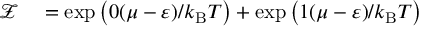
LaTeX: \begin{array} { r l } { { \mathcal { Z } } } & { { } = \exp { \big ( } 0 ( \mu - \varepsilon ) / k _ { \mathrm { { B } } } T { \big ) } + \exp { \big ( } 1 ( \mu - \varepsilon ) / k _ { \mathrm { { B } } } T { \big ) } } \end{array}